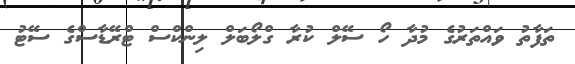
ތަފާތު ވައްތަރުގެ މުދާ ހޯ ސޭލް ކުރާ ގްލޯބަލް ލިންކްސް ޓްރޭޑާސްގެ ސޭޓު